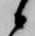
候